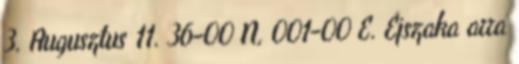
3. Augusztus 11. 36-00 N, 001-00 E. Éjszaka arra